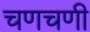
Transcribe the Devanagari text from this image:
चणचणी